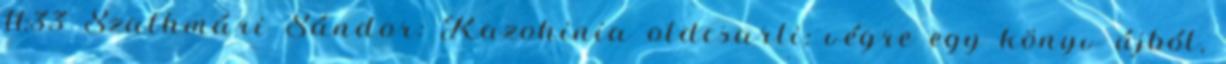
11:33 Szathmári Sándor: Kazohinia oldcsarli: végre egy könyv újból,